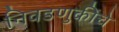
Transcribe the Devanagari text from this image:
निवडणुकींचे